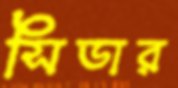
সিডার